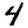
Digit: 4